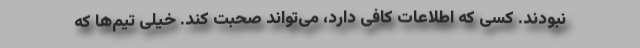
نبودند. کسی که اطلاعات کافی دارد، می‌تواند صحبت کند. خیلی تیم‌ها که